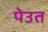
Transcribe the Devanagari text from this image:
पेउत